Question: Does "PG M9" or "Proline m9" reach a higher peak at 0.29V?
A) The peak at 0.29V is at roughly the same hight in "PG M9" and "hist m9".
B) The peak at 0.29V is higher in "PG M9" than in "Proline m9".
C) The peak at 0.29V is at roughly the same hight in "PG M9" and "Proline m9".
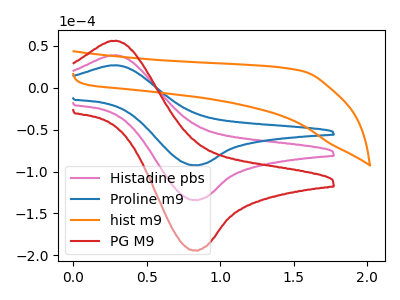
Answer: <think>The pink curve "Histadine pbs" has an anodic peak at (0.30V, 38.40uA) and a cathodic peak at (0.85V, -133.75uA). The blue curve "Proline m9" has an anodic peak at (0.30V, 26.50uA) and a cathodic peak at (0.85V, -92.35uA). The orange curve "hist m9" has no peaks. The red curve "PG M9" has an anodic peak at (0.30V, 76.80uA) and a cathodic peak at (0.85V, -267.55uA).</think>
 <answer>B) The peak at 0.29V is higher in "PG M9" than in "Proline m9".</answer>
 <eval>B</eval>